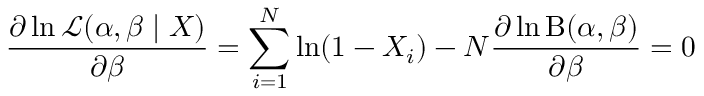
{ \frac { \partial \ln { \mathcal { L } } ( \alpha , \beta \mid X ) } { \partial \beta } } = \sum _ { i = 1 } ^ { N } \ln ( 1 - X _ { i } ) - N { \frac { \partial \ln \mathrm { B } ( \alpha , \beta ) } { \partial \beta } } = 0